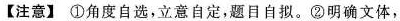
【注意】①角度自选，立意自定，题目自拟。②明确文体，